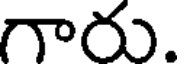
గారు.